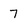
Character: 7